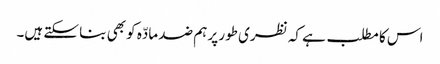
اس کا مطلب ہے کہ نظری طور پر ہم ضد مادّہ کو بھی بنا سکتے ہیں۔